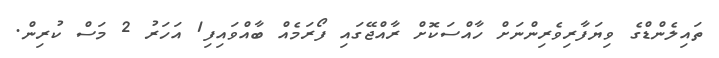
ތައިލެންޑްގެ ވިޔަފާރިވެރިންނަށް ހާއްސަކޮށް ރާއްޖޭގައި ފޯރަމެއް ބާއްވައިފި1 އަހަރު 2 މަސް ކުރިން.